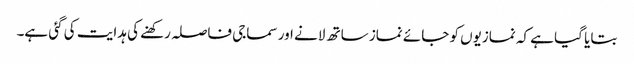
بتایا گیا ہے کہ نمازیوں کو جائے نماز ساتھ لانے اور سماجی فاصلہ رکھنے کی ہدایت کی گئی ہے۔